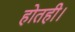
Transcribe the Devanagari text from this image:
होतही।